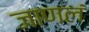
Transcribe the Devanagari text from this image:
जाणलं